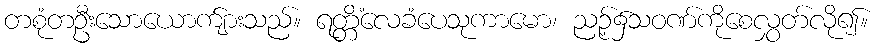
တစုံတဦးသောယောက်ျားသည်။ ရတ္တိံလေခံပေသုကာမော၊ ညဉ့်၌သဝဏ်ကိုစေလွှတ်လို၍။